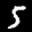
Label: 5